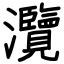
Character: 灠